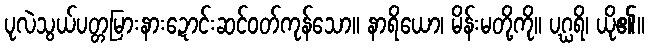
ပုလဲသွယ်ပတ္တမြားနားဍောင်းဆင်ဝတ်ကုန်သော။ နာရိယော၊ မိန်းမတို့ကို။ ပဂ္ဃရိ၊ ယို၏။